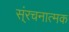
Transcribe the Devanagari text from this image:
स्ंरचनात्मक